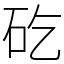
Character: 矻